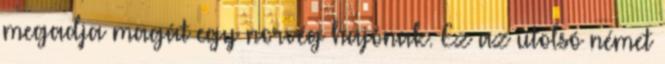
megadja magát egy norvég hajónak. Ez az utolsó német